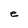
Character: e